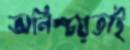
অনিশ্চয়তাই